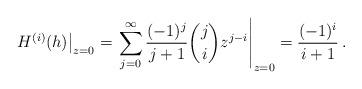
LaTeX: \begin{align*} \left. H^{(i)}(h)\right|_{z=0}=\left.\sum_{j=0}^\infty\frac{(-1)^j}{j+1}\binom{j}{i}z^{j-i}\right|_{z=0}=\frac{(-1)^i}{i+1}\,.\end{align*}